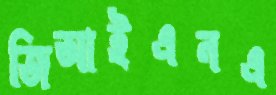
জিআইএনএ